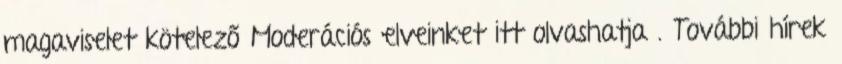
magaviselet kötelező Moderációs elveinket itt olvashatja . További hírek